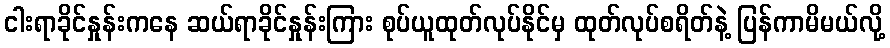
ငါးရာခိုင်နှုန်းကနေ ဆယ်ရာခိုင်နှုန်းကြား စုပ်ယူထုတ်လုပ်နိုင်မှ ထုတ်လုပ်စရိတ်နဲ့ ပြန်ကာမိမယ်လို့